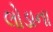
લોડાના